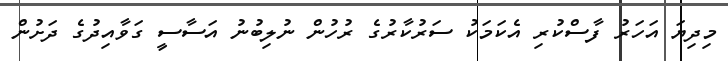
މިދިޔަ އަހަރު ފާސްކުރި އެކަމަކު ސަރުކާރުގެ ރުހުން ނުލިބުނު އަސާސީ ގަވާއިދުގެ ދަށުން